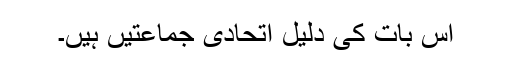
اس بات کی دلیل اتحادی جماعتیں ہیں۔